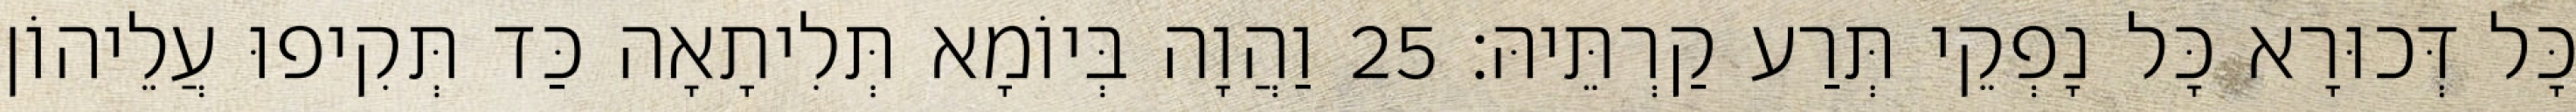
כָּל דְּכוּרָא כָּל נָפְקֵי תְּרַע קַרְתֵּיהּ׃ 25 וַהֲוָה בְּיוֹמָא תְּלִיתָאָה כַּד תְּקִיפוּ עֲלֵיהוֹן